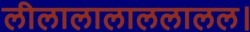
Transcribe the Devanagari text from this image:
लीलालालाललालल।